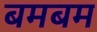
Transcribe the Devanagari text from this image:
बमबम